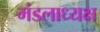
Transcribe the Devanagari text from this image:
मंडलाध्यक्ष